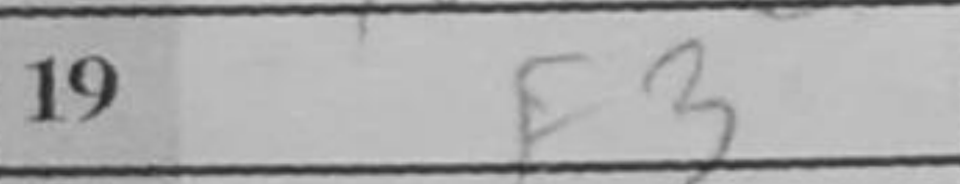
Transcription: f3